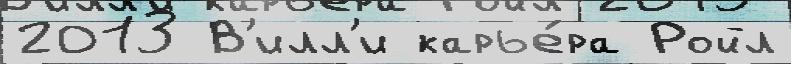
2013 В'илл'и карье́ра Ройл